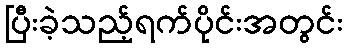
ပြီးခဲ့သည့်ရက်ပိုင်းအတွင်း